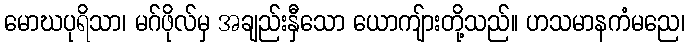
မောဃပုရိသာ၊ မဂ်ဖိုလ်မှ အချည်းနှီသော ယောကျ်ားတို့သည်။ ဟသမာနကံမညေ၊